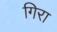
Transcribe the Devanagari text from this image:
गिरा